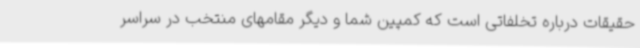
حقیقات درباره تخلفاتی است که کمپین شما و دیگر مقامهای منتخب در سراسر